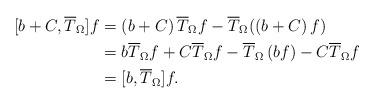
LaTeX: \begin{align*}\lbrack b+C,\overline{T}_{\Omega}]f & =\left( b+C\right) \overline{T}_{\Omega}f-\overline{T}_{\Omega}(\left( b+C\right) f)\\& =b\overline{T}_{\Omega}f+C\overline{T}_{\Omega}f-\overline{T}_{\Omega}\left( bf\right) -C\overline{T}_{\Omega}f\\& =[b,\overline{T}_{\Omega}]f.\end{align*}